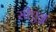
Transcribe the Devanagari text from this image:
सीएन्न